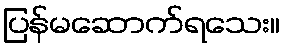
ပြန်မဆောက်ရသေး။